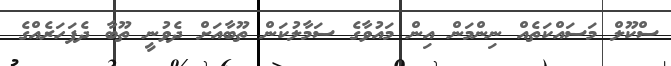
ސްކޫލް މަސައްކަތެއް ނިންމަން އިން މައުވާގެ ސަމާލުކަން ތޫބާއަށް ދެވުނީ ތޫބާ ދެފަހަރެއްގެ